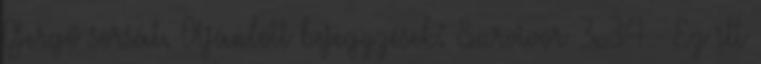
Gergő sorsát. Ajánlott bejegyzések: Survivor 3x34 - Ez itt